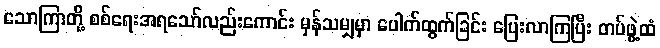
သောကြာတို့ စစ်ရေးအရသော်လည်းကောင်း မှန်သမျှမှာ ပေါက်ထွက်ခြင်း ပြေးလာကြပြီး တပ်ဖွဲ့ထံ